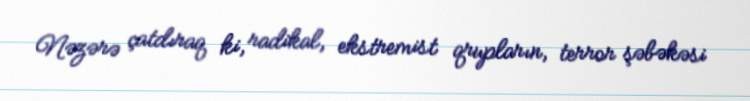
Nəzərə çatdıraq ki, radikal, ekstremist qrupların, terror şəbəkəsi